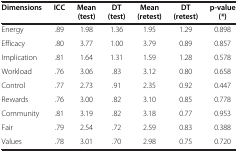
| Dimensions | ICC | Mean (test) | DT (test) | Mean (retest) | DT (retest) | p-value (*) |
 | --- | --- | --- | --- | --- | --- | --- |
 | Energy | .89 | 1.98 | 1.36 | 1.95 | 1.29 | 0.898 |
 | Efficacy | .80 | 3.77 | 1.00 | 3.79 | 0.89 | 0.857 |
 | Implication | .81 | 1.64 | 1.31 | 1.59 | 1.28 | 0.578 |
 | Workload | .76 | 3.06 | .83 | 3.12 | 0.80 | 0.658 |
 | Control | .77 | 2.73 | .91 | 2.35 | 0.92 | 0.447 |
 | Rewards | .76 | 3.00 | .82 | 3.10 | 0.85 | 0.778 |
 | Community | .81 | 3.19 | .82 | 3.18 | 0.77 | 0.953 |
 | Fair | .79 | 2.54 | .72 | 2.59 | 0.83 | 0.388 |
 | Values | .78 | 3.01 | .70 | 2.98 | 0.75 | 0.720 |